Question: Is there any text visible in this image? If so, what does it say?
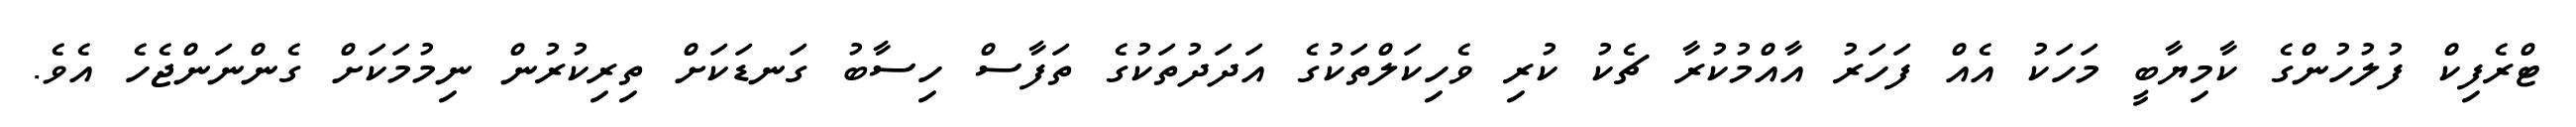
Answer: ޓްރެފިކް ފުލުހުންގެ ކާމިޔާބީ މަހަކު އެއް ފަހަރު އާއްމުކުރާ ޗެކު ކުރި ވެހިކަލްތަކުގެ އަދަދުތަކުގެ ތަފާސް ހިސާބު ގަނޑަކަށް ތިރިކުރުން ނިމުމަކަށް ގެންނަންޖެހެ އެވެ.